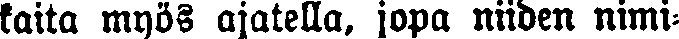
kaita myös ajatella, jopa niiden nimi-